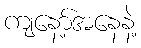
ကျနော့်အနေနဲ့